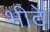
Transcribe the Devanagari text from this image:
भीटे